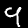
Label: 9